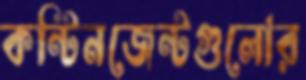
কন্টিনজেন্টগুলোর